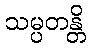
သမ္ပတန္တိ